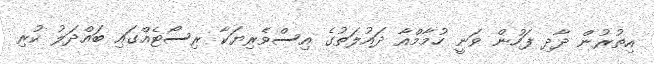
އިތުރުން ދާދި ފަހުން ވަނީ ހުމާމްއާ ދައުލަތުގެ އިސްވެރިޔަކާ ރިސޯޓެއްގައި ބައްދަލު ކުރި